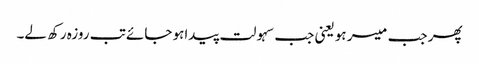
پھر جب میسر ہو یعنی جب سہولت پیداہو جائے تب روزہ رکھ لے۔